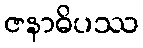
ဇနာဓိပဿ